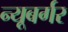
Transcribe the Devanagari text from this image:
न्यूबर्गर